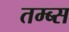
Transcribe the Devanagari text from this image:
तम्ब्स